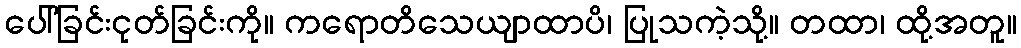
ပေါ်ခြင်းငုတ်ခြင်းကို။ ကရောတိသေယျာထာပိ၊ ပြုသကဲ့သို့။ တထာ၊ ထို့အတူ။